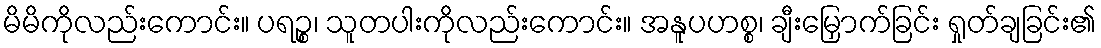
မိမိကိုလည်းကောင်း။ ပရဉ္စ၊ သူတပါးကိုလည်းကောင်း။ အနူပဟစ္စ၊ ချီးမြှောက်ခြင်း ရှုတ်ချခြင်း၏